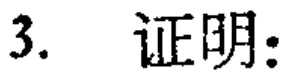
3. 证明：